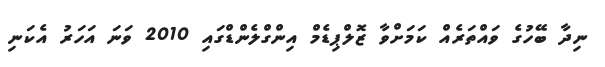
ނިދާ ބޭހުގެ ވައްތަރެއް ކަމަށްވާ ޒޮލްޕިޑެމް އިންގްލެންޑްގައި 2010 ވަނަ އަހަރު އެކަނި